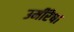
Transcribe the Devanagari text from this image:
उमींरेषा